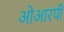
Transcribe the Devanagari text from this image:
ओआरपी